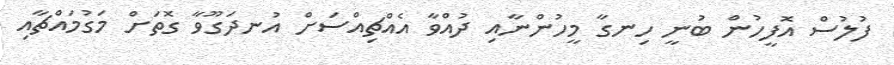
ފުލުސް އޮފީހުން ބުނީ ހިނގާ މީހުންނާއި ދުއްވާ އެއްޗިއްސަށް އުނދަގޫވާ ގޮތަށް މަގުމައްޗާއި